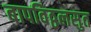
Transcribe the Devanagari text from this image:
बापविठ्ठलसुत